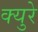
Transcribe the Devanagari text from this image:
क्युरे